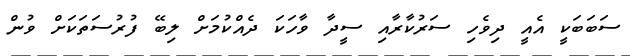
ސަބަބަކީ އެއީ ދިވެހި ސަރުކާރާއި ސީދާ ވާހަކަ ދެއްކުމަށް ލިބޭ ފުރުސަތަކަށް ވުން